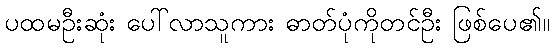
ပထမဦးဆုံး ပေါ်လာသူကား ဓာတ်ပုံကိုတင်ဦး ဖြစ်ပေ၏။